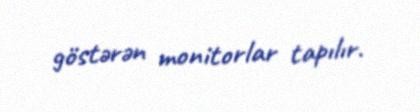
göstərən monitorlar tapılır.